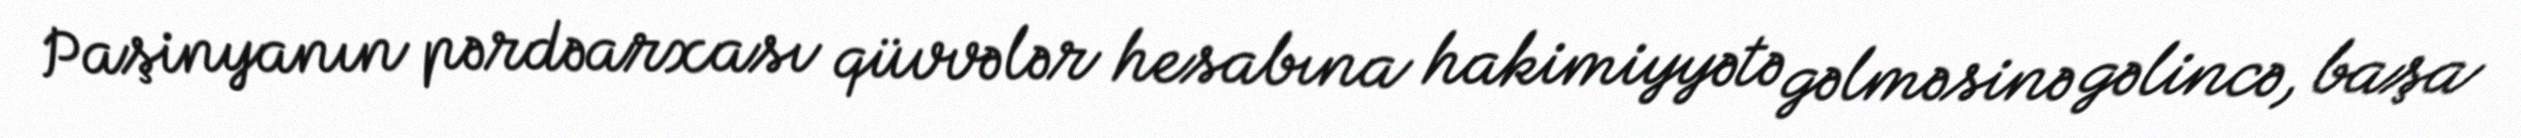
Paşinyanın pərdəarxası qüvvələr hesabına hakimiyyətə gəlməsinə gəlincə, başa